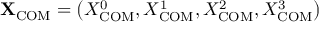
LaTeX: \mathbf { X } _ { \mathrm { C O M } } = \left( X _ { \mathrm { C O M } } ^ { 0 } , X _ { \mathrm { C O M } } ^ { 1 } , X _ { \mathrm { C O M } } ^ { 2 } , X _ { \mathrm { C O M } } ^ { 3 } \right)